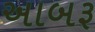
અાબરૂ